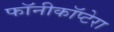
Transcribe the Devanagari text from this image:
फॉनीकॉप्टेरा